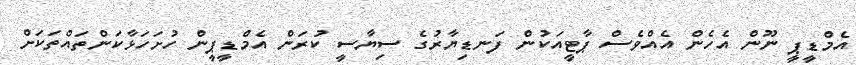
އެމްޑީޕީ ނޫން އެހެން އެއްވެސް ޕާޓީއަކުން ފަނޑިޔާރުގެ ސިޔާސީ ކުރަން އެމްޑީޕީން ހުށަހަޅާކަންތައްތަކަށް